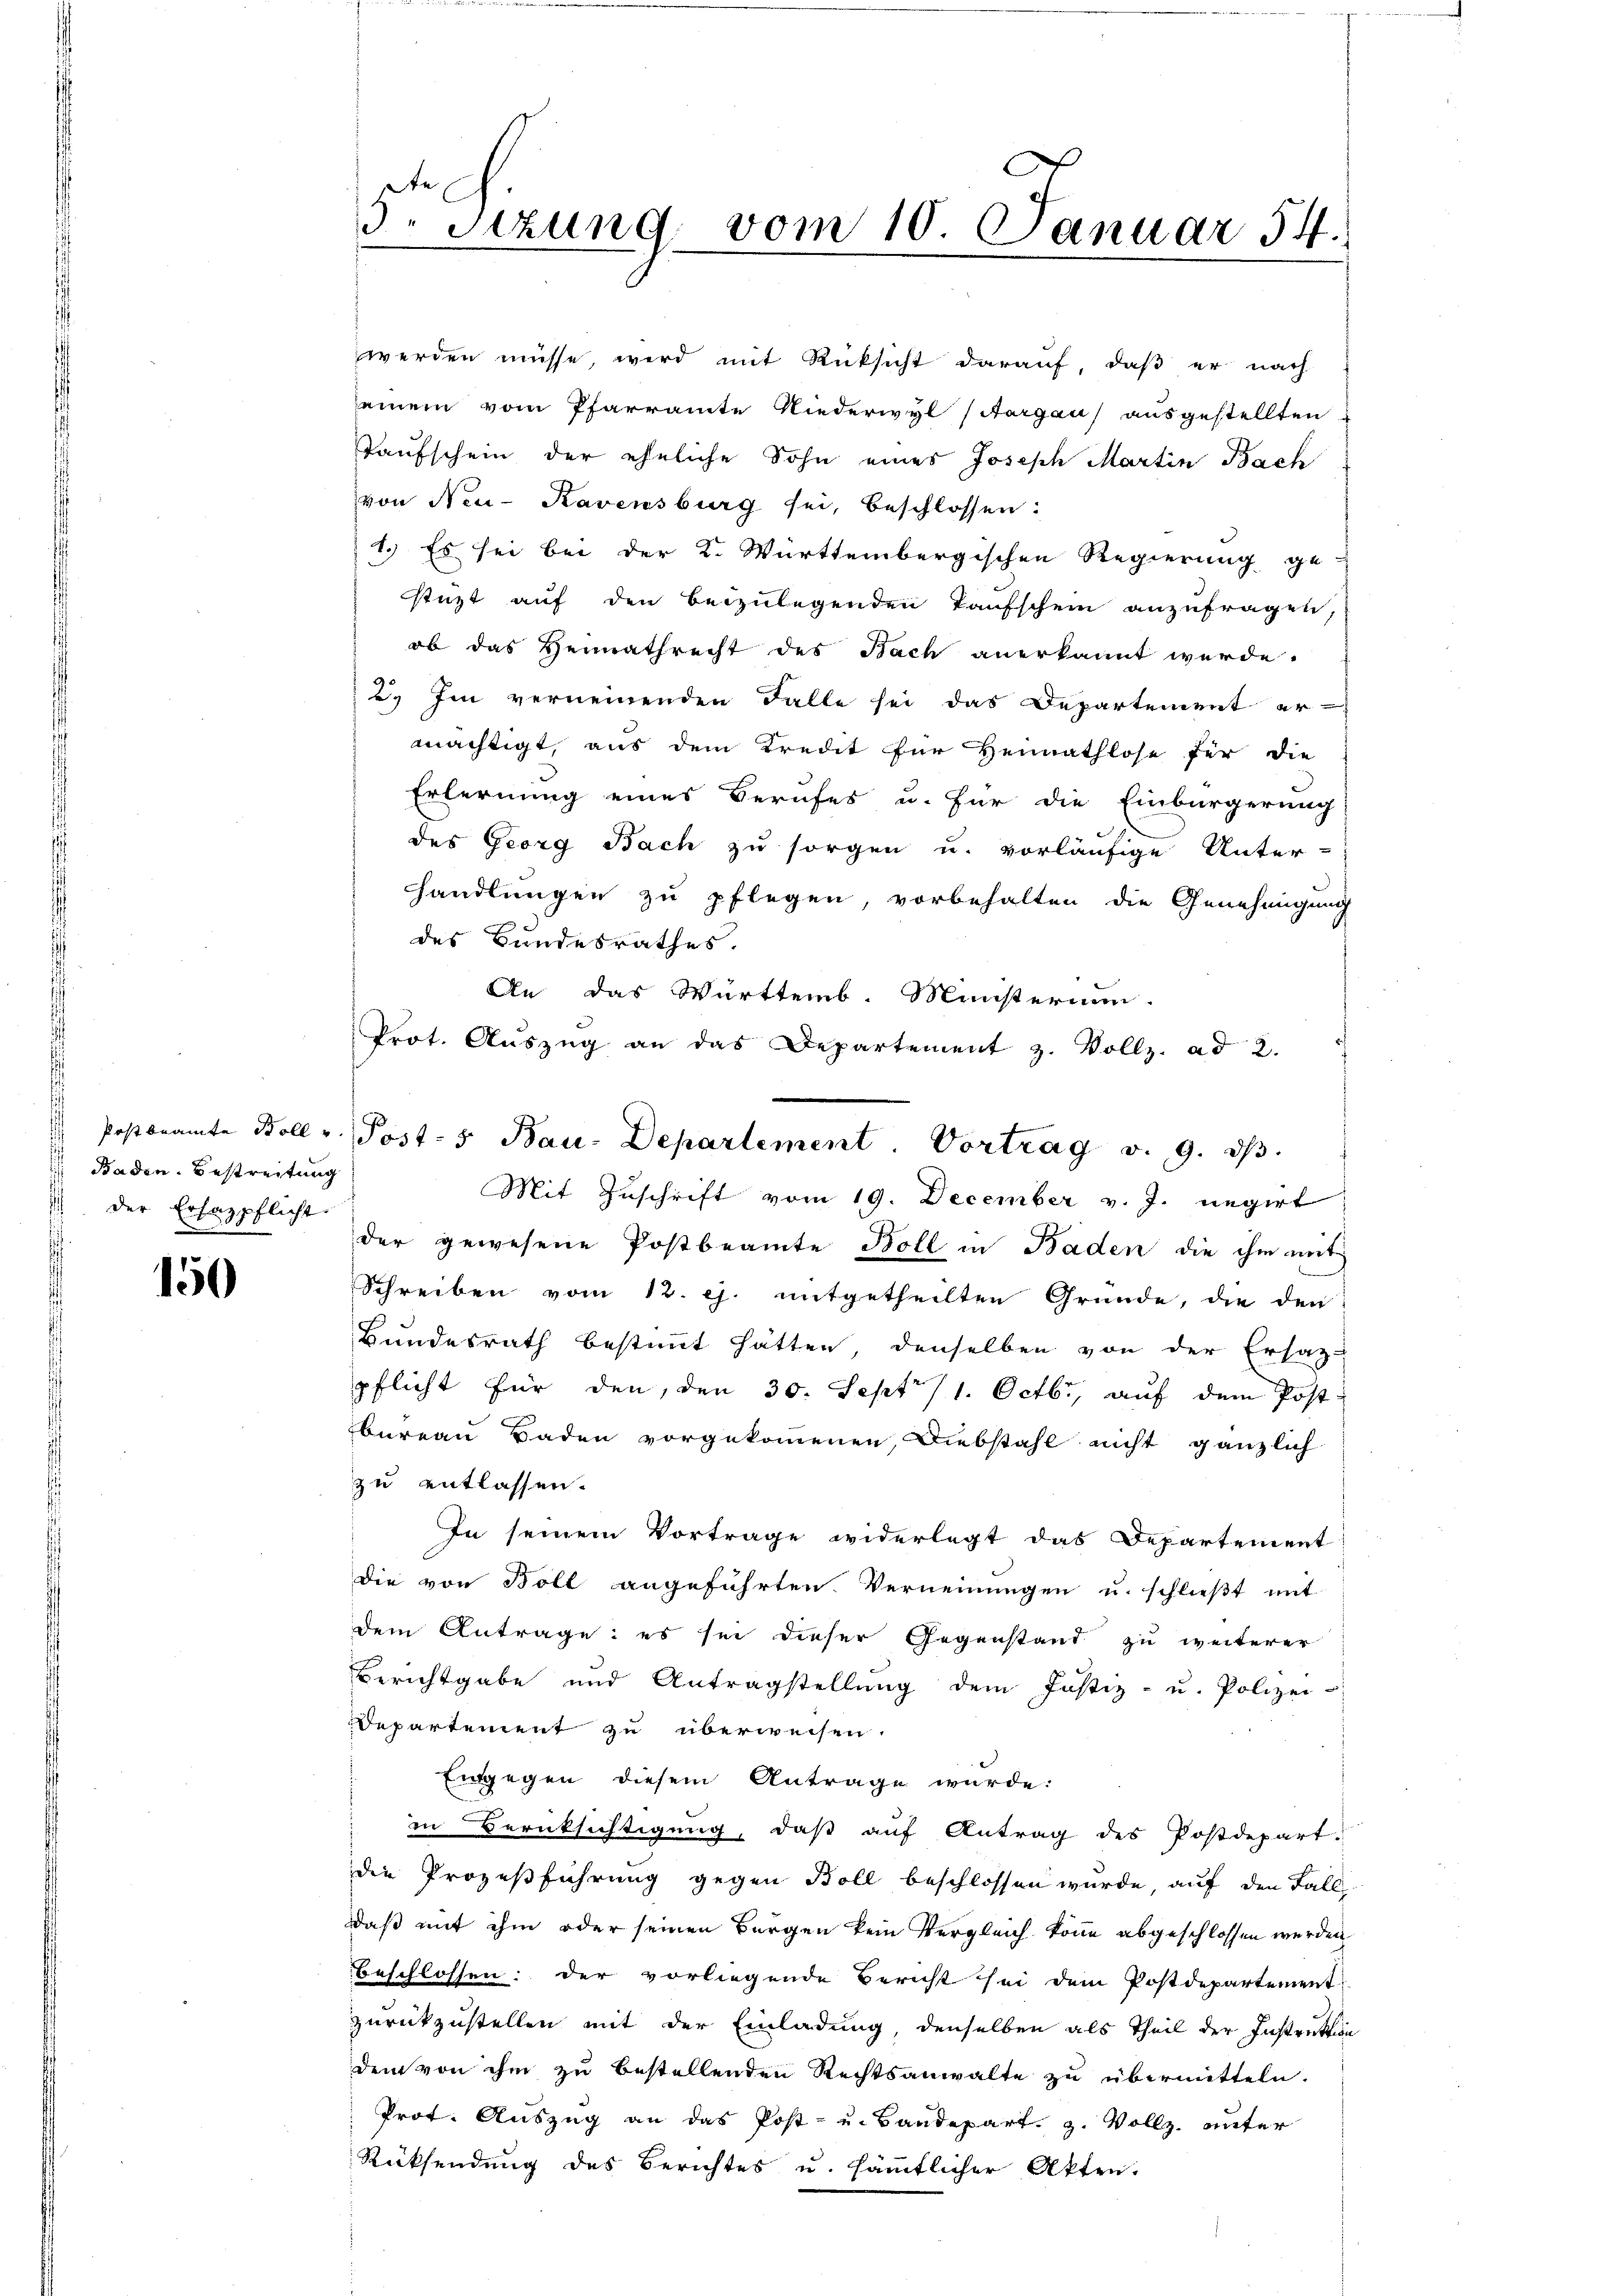
Baden. Bestreitung
der Ersatzpflicht

150

werden müsse, wird mit Rücksicht darauf, daß er nach
seinem vom Pfarramte Niederwyl (Aargau) ausgestellten
Taufschein der eheliche Sohn eines Joseph Martin Bach
von Neu-Kavensburg sei, beschlossen:
1.) Es sei bei der K. Württembergischen Regierung ge-
stüzt auf den beizulegenden Taufschein anzufragen,
ob das Heimathrecht des Bach anerkannt werde.
2. Im verneinenden Falle sei das Departement er-
mächtigt, aus dem Kredit für Heimathlose für die
Erlernung eines Berufes u. für die Einbürgerung
des Georg Bach zu sorgen u. vorläufige Unter-
handlungen zu pflegen, vorbehalten die Genehmigung
des Bundesrathes.
An das Württemb. Ministerium
Prot. Aŭszŭg an das Departement z. Vollz. ad 2.
Mit Zuschrift vom 19. December v. J. negirt
der gewesene Postbeamte Boll in Baden die ihm mit
Schreiben vom 12. ej. mitgetheilten Gründe, die den
Bundesrath bestimmt hätten, denselben von der Ersatz-
pflicht für den, den 30. Sept./1. Octb., auf dem Postbureau Baden vorgekommenen Diebstahl nicht gänzlich
zu entlassen.
In seinem Vortrage widerlegt das Departement
die von Boll angeführten Verneinungen u. schließt mit
dem Antrage: es sei dieser Gegenstand zu weiterer
Berichtgabe und Antragstellung dem Justiz- u. Polizei-
Departement zu überweisen.
Entgegen diesem Antrage wurde:
in Berüksichtigung, daß auf Antrag des Postdepart.
die Prozeßführung gegen Boll beschlossen wurde, auf den Fall
daß mit ihm oder seinen Bürgen kein Vergleich könne abgeschlossen werden
beschlossen: der vorliegende Bericht sei dem Postdepartement
zurückzustellen mit der Einladung, denselben als Theil der Instruktion
dem von ihm zu bestellenden Rechtsanwalte zu übermitteln.
Prot. Auszug an das Post- u. Bandepart. g. Vollz. unter
Rücksendung des Berichtes u. sämmtlicher Akten.

5. Sizung vom 10. Januar 54.

Postbeamte Boll u. Post- 5. Bau-Departement Vortrag v. 9. dβ.